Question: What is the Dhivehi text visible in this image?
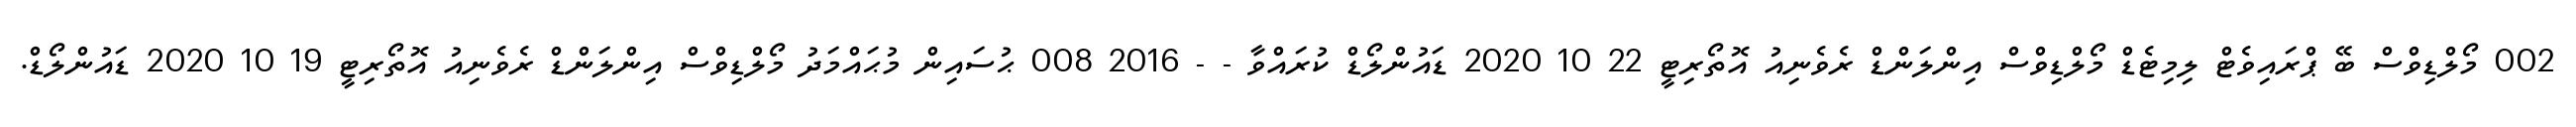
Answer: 002 މޯލްޑިވްސް ބޭ ޕްރައިވެޓް ލިމިޓެޑް މޯލްޑިވްސް އިންލަންޑް ރެވެނިއު އޮތޯރިޓީ 22 10 2020 ޑައުންލޯޑް ކުރައްވާ - - 2016 008 ޙުސައިން މުޙައްމަދު މޯލްޑިވްސް އިންލަންޑް ރެވެނިއު އޮތޯރިޓީ 19 10 2020 ޑައުންލޯޑް.